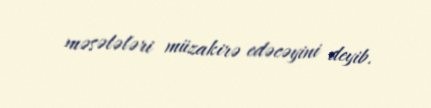
məsələləri müzakirə edəcəyini deyib.